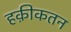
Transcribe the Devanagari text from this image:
हक़ीकतन